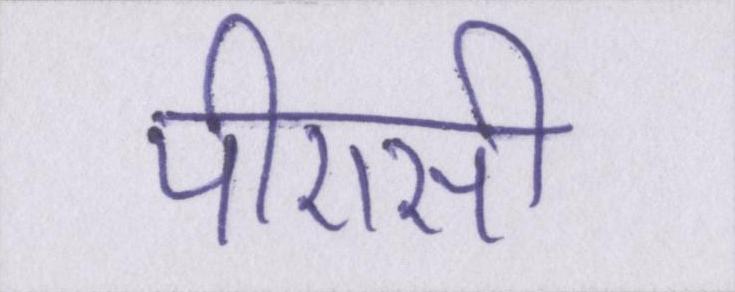
पीएसी